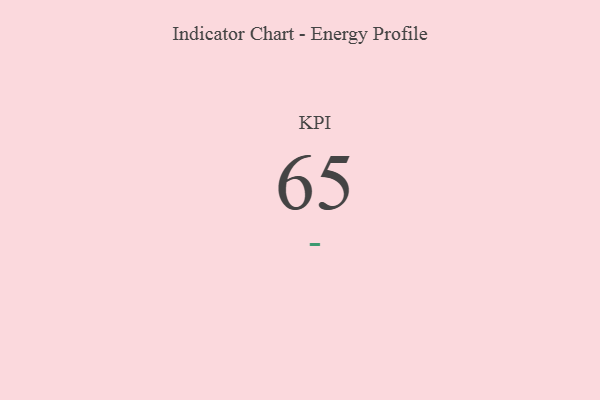
{"axis": {"x": "KPI", "y": "Value"}, "legend": [""], "data": [{"x": "KPI", "y": 65, "type": ""}]}